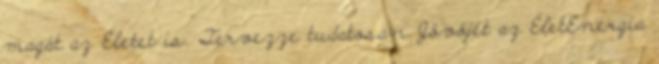
magát az Életet is. Tervezze tudatosan Jövőjét az ÉletEnergia